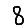
Digit: 8